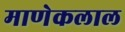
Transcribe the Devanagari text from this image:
माणेकलाल